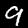
Label: 9